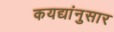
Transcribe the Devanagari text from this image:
कयद्यांनुसार